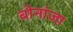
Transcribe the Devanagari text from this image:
बोनांजा